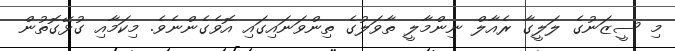
މި ސީޒަނުގެ ލަލީގާ ރެއާލް ނިންމާލީ ތާވަލުގެ ތިންވަނައިގައި އޮވެގެންނެވެ. މިކަމާއި ގުޅޭގޮތުން